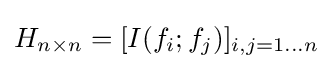
H_{n\times n}=[I(f_{i};f_{j})]_{i,j=1\ldots n}